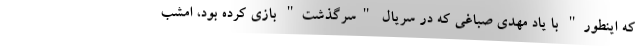
که اینطور" با یاد مهدی صباغی که در سریال "سرگذشت" بازی کرده بود، امشب